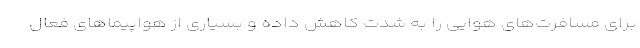
برای مسافرت‌های هوایی را به شدت کاهش داده و بسیاری از هواپیماهای فعال